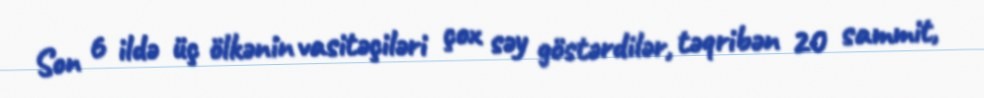
Son 6 ildə üç ölkənin vasitəçiləri çox səy göstərdilər, təqribən 20 sammit,